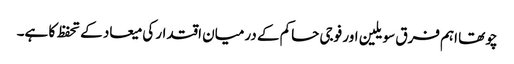
چوتھا اہم فرق سویلین اور فوجی حاکم کے درمیان اقتدار کی میعاد کے تحفظ کا ہے۔